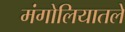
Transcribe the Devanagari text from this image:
मंगोलियातले